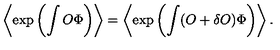
\left\langle \exp \left( \int O \Phi \right) \right\rangle = \left\langle \exp \left( \int ( O + \delta O ) \Phi \right) \right\rangle .